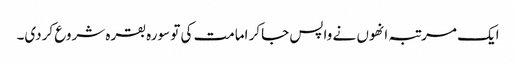
ایک مرتبہ انھوں نے واپس جاکر امامت کی تو سورہ بقرہ شروع کردی۔